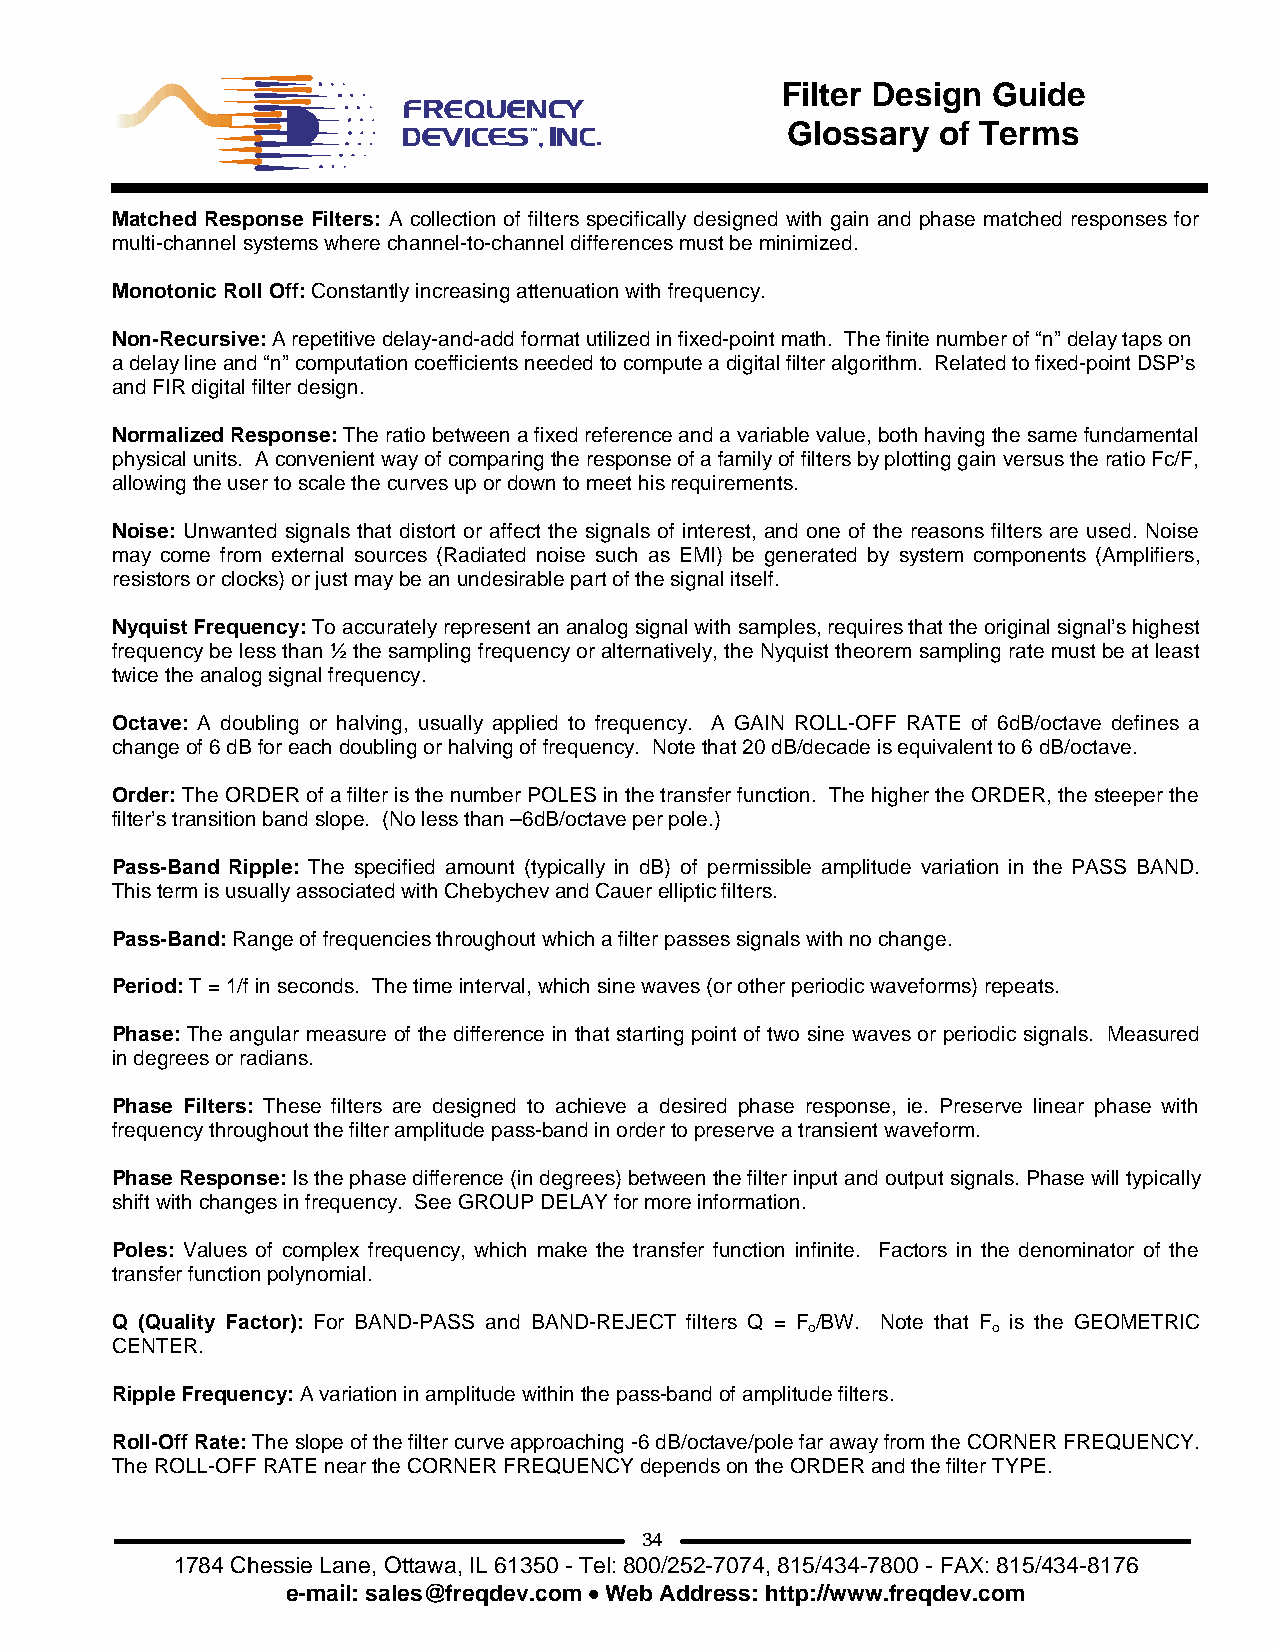
Filter Design Guide
 Glossary  of Terms
 Matched Response Filters: A collection of filters specifically designed with gain and phase matched responses for
 multi-channel systems where channel-to-channel differences must be minimized.
 Monotonic Roll Off: Constantly increasing attenuation with frequency.
 Non-Recursive: A repetitive delay-and-add format utilized in fixed-point math. The finite number of “n” delay taps on
 a delay line and “n” computation coefficients needed to compute a digital filter algorithm. Related to fixed-point DSP’s
 and FIR digital filter design.
 Normalized Response: The ratio between a fixed reference and a variable value, both having the same fundamental
 physical units. A convenient way of comparing the response of a family of filters by plotting gain versus the ratio Fc/F,
 allowing the user to scale the curves up or down to meet his requirements.
 Noise: Unwanted signals that distort or affect the signals of interest, and one of the reasons filters are used. Noise
 may come from external sources (Radiated noise such as EMI) be generated by system components (Amplifiers,
 resistors or clocks) or just may be an undesirable part of the signal itself.
 Nyquist Frequency: To accurately represent an analog signal with samples, requires that the original signal’s highest
 frequency be less than ½ the sampling frequency or alternatively, the Nyquist theorem sampling rate must be at least
 twice the analog signal frequency.
 Octave: A doubling or halving, usually applied to frequency. A GAIN ROLL-OFF RATE of 6dB/octave defines a
 change of 6 dB for each doubling or halving of frequency. Note that 20 dB/decade is equivalent to 6 dB/octave.
 Order: The ORDER of a filter is the number POLES in the transfer function. The higher the ORDER, the steeper the
 filter’s transition band slope. (No less than –6dB/octave per pole.)
 Pass-Band Ripple: The specified amount (typically in dB) of permissible amplitude variation in the PASS BAND.
 This term is usually associated with Chebychev and Cauer elliptic filters.
 Pass-Band: Range of frequencies throughout which a filter passes signals with no change.
 Period: T = 1/f in seconds. The time interval, which sine waves (or other periodic waveforms) repeats.
 Phase: The angular measure of the difference in that starting point of two sine waves or periodic signals. Measured
 in degrees or radians.
 Phase Filters: These filters are designed to achieve a desired phase response, ie. Preserve linear phase with
 frequency throughout the filter amplitude pass-band in order to preserve a transient waveform.
 Phase Response: Is the phase difference (in degrees) between the filter input and output signals. Phase will typically
 shift with changes in frequency. See GROUP DELAY for more information.
 Poles: Values of complex frequency, which make the transfer function infinite. Factors in the denominator of the
 transfer function polynomial.
 Q (Quality Factor): For BAND-PASS and BAND-REJECT filters Q = F /BW. Note that F is the GEOMETRIC
 o           o
 CENTER.
 Ripple Frequency: A variation in amplitude within the pass-band of amplitude filters.
 Roll-Off Rate: The slope of the filter curve approaching -6 dB/octave/pole far away from the CORNER FREQUENCY.
 The ROLL-OFF RATE near the CORNER FREQUENCY depends on the ORDER and the filter TYPE.
 34
 1784 Chessie Lane, Ottawa, IL 61350 - Tel: 800/252-7074, 815/434-7800 - FAX: 815/434-8176
 e-mail: sales@freqdev.com • Web Address: http://www.freqdev.com